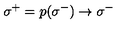
\: \sigma ^ { + } = p ( \sigma ^ { - } ) \rightarrow \sigma ^ { - } \: